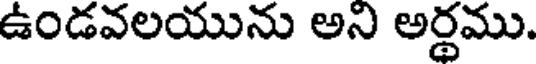
ఉండవలయును అని అర్థము.